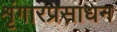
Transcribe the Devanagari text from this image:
शृंगारप्रसाधन